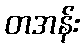
တအန်း